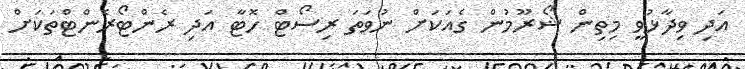
އަދި ވިދާޅުވީ މިތިން ޝޯރޫމުން ގެއަކަށް ނުވަތަ ރިސޯޓް ހޮޓާ އަދި ރެންޓޯރެންޓްތަކަށް